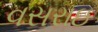
વસરાઇ